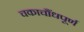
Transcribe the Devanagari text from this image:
चकाचौंधपूर्ण